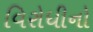
વિરોધીનો